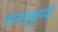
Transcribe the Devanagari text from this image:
रस्साकुप्पी